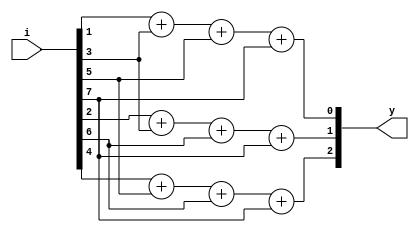
module bin_ckt_8_3(input [7:0]i, output [2:0]y);

// Data flow abstraction

assign y[0] = i[1]+i[3]+i[5]+i[7];
assign y[1] = i[2]+i[3]+i[6]+i[7];
assign y[2] = i[4]+i[5]+i[6]+i[7];

endmodule